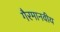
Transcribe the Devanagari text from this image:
गैरमानवीय